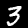
Digit: 3